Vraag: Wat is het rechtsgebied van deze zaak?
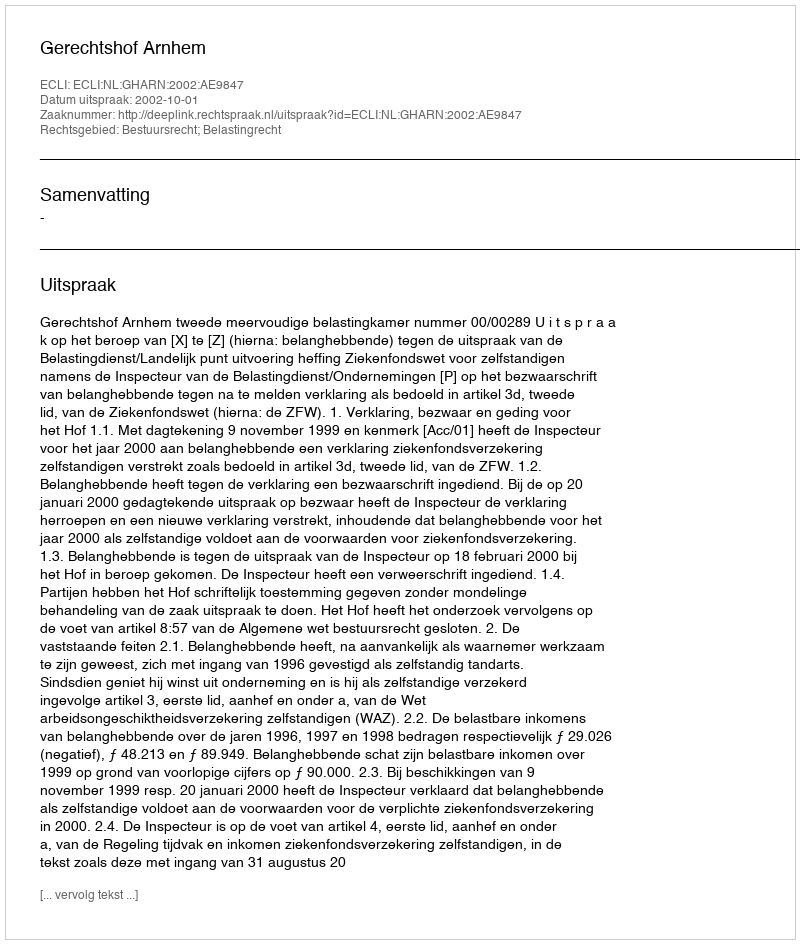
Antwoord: Bestuursrecht; Belastingrecht